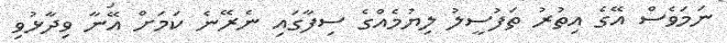
ނަމަވެސް އޭގެ އިތުރު ތަފުސީލު ލިޔުމެއްގެ ސިފާގައި ނެރޭނެ ކަމަށް އޭނާ ވިދާޅުވި